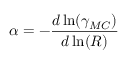
\alpha = - \frac { d \ln ( \gamma _ { M C } ) } { d \ln ( R ) }